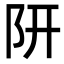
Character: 𨸦